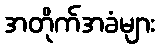
အတိုက်အခံများ